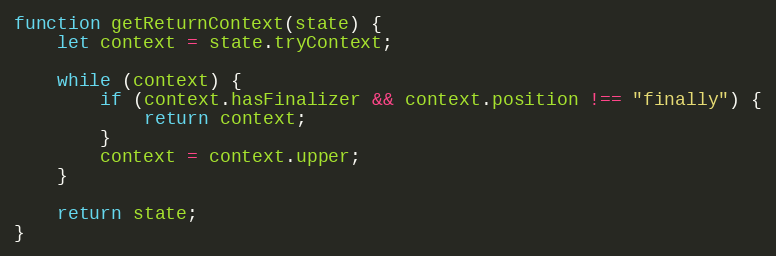
Language: JavaScript
function getReturnContext(state) {
    let context = state.tryContext;

    while (context) {
        if (context.hasFinalizer && context.position !== "finally") {
            return context;
        }
        context = context.upper;
    }

    return state;
}